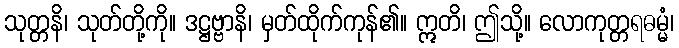
သုတ္တနိ၊ သုတ်တို့ကို။ ဒဋ္ဌဗ္ဗာနိ၊ မှတ်ထိုက်ကုန်၏။ ဣတိ၊ ဤသို့။ လောကုတ္တရဓမ္မံ၊